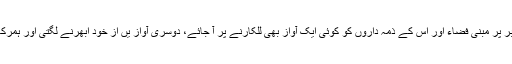
نا انصافی اورجبر پر مبنی فضاء اور اس کے ذمّہ داروں کو کوئی ایک آواز بھی للکارنے پر آ جائے، دوسری آواز یں از خود ابھرنے لگتی اور ہمرکاب ہو جاتی ہیں۔